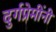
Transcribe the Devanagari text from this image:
दुर्गप्रेमींनी